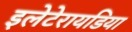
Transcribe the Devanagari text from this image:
इलेटेरायडिया